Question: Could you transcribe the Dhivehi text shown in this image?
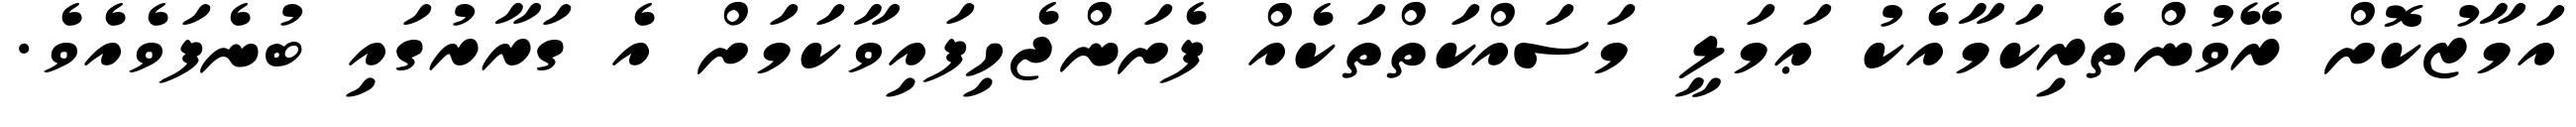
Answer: އަމާޒުކޮށް ރޭވުންތެރިކަމާއެކު ޢަމަލީ މަސައްކަތްތަކެއް ފެށަންޖެހިފައިވާކަމަށް އެ ގަރާރުގައި ބުނެފަވެއެވެ.